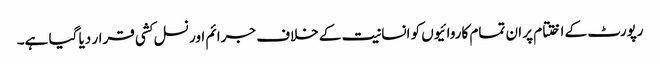
رپورٹ کے اختتام پر ان تمام کاروائیوں کو انسانیت کے خلاف جرائم اور نسل کشی قرار دیا گیا ہے۔